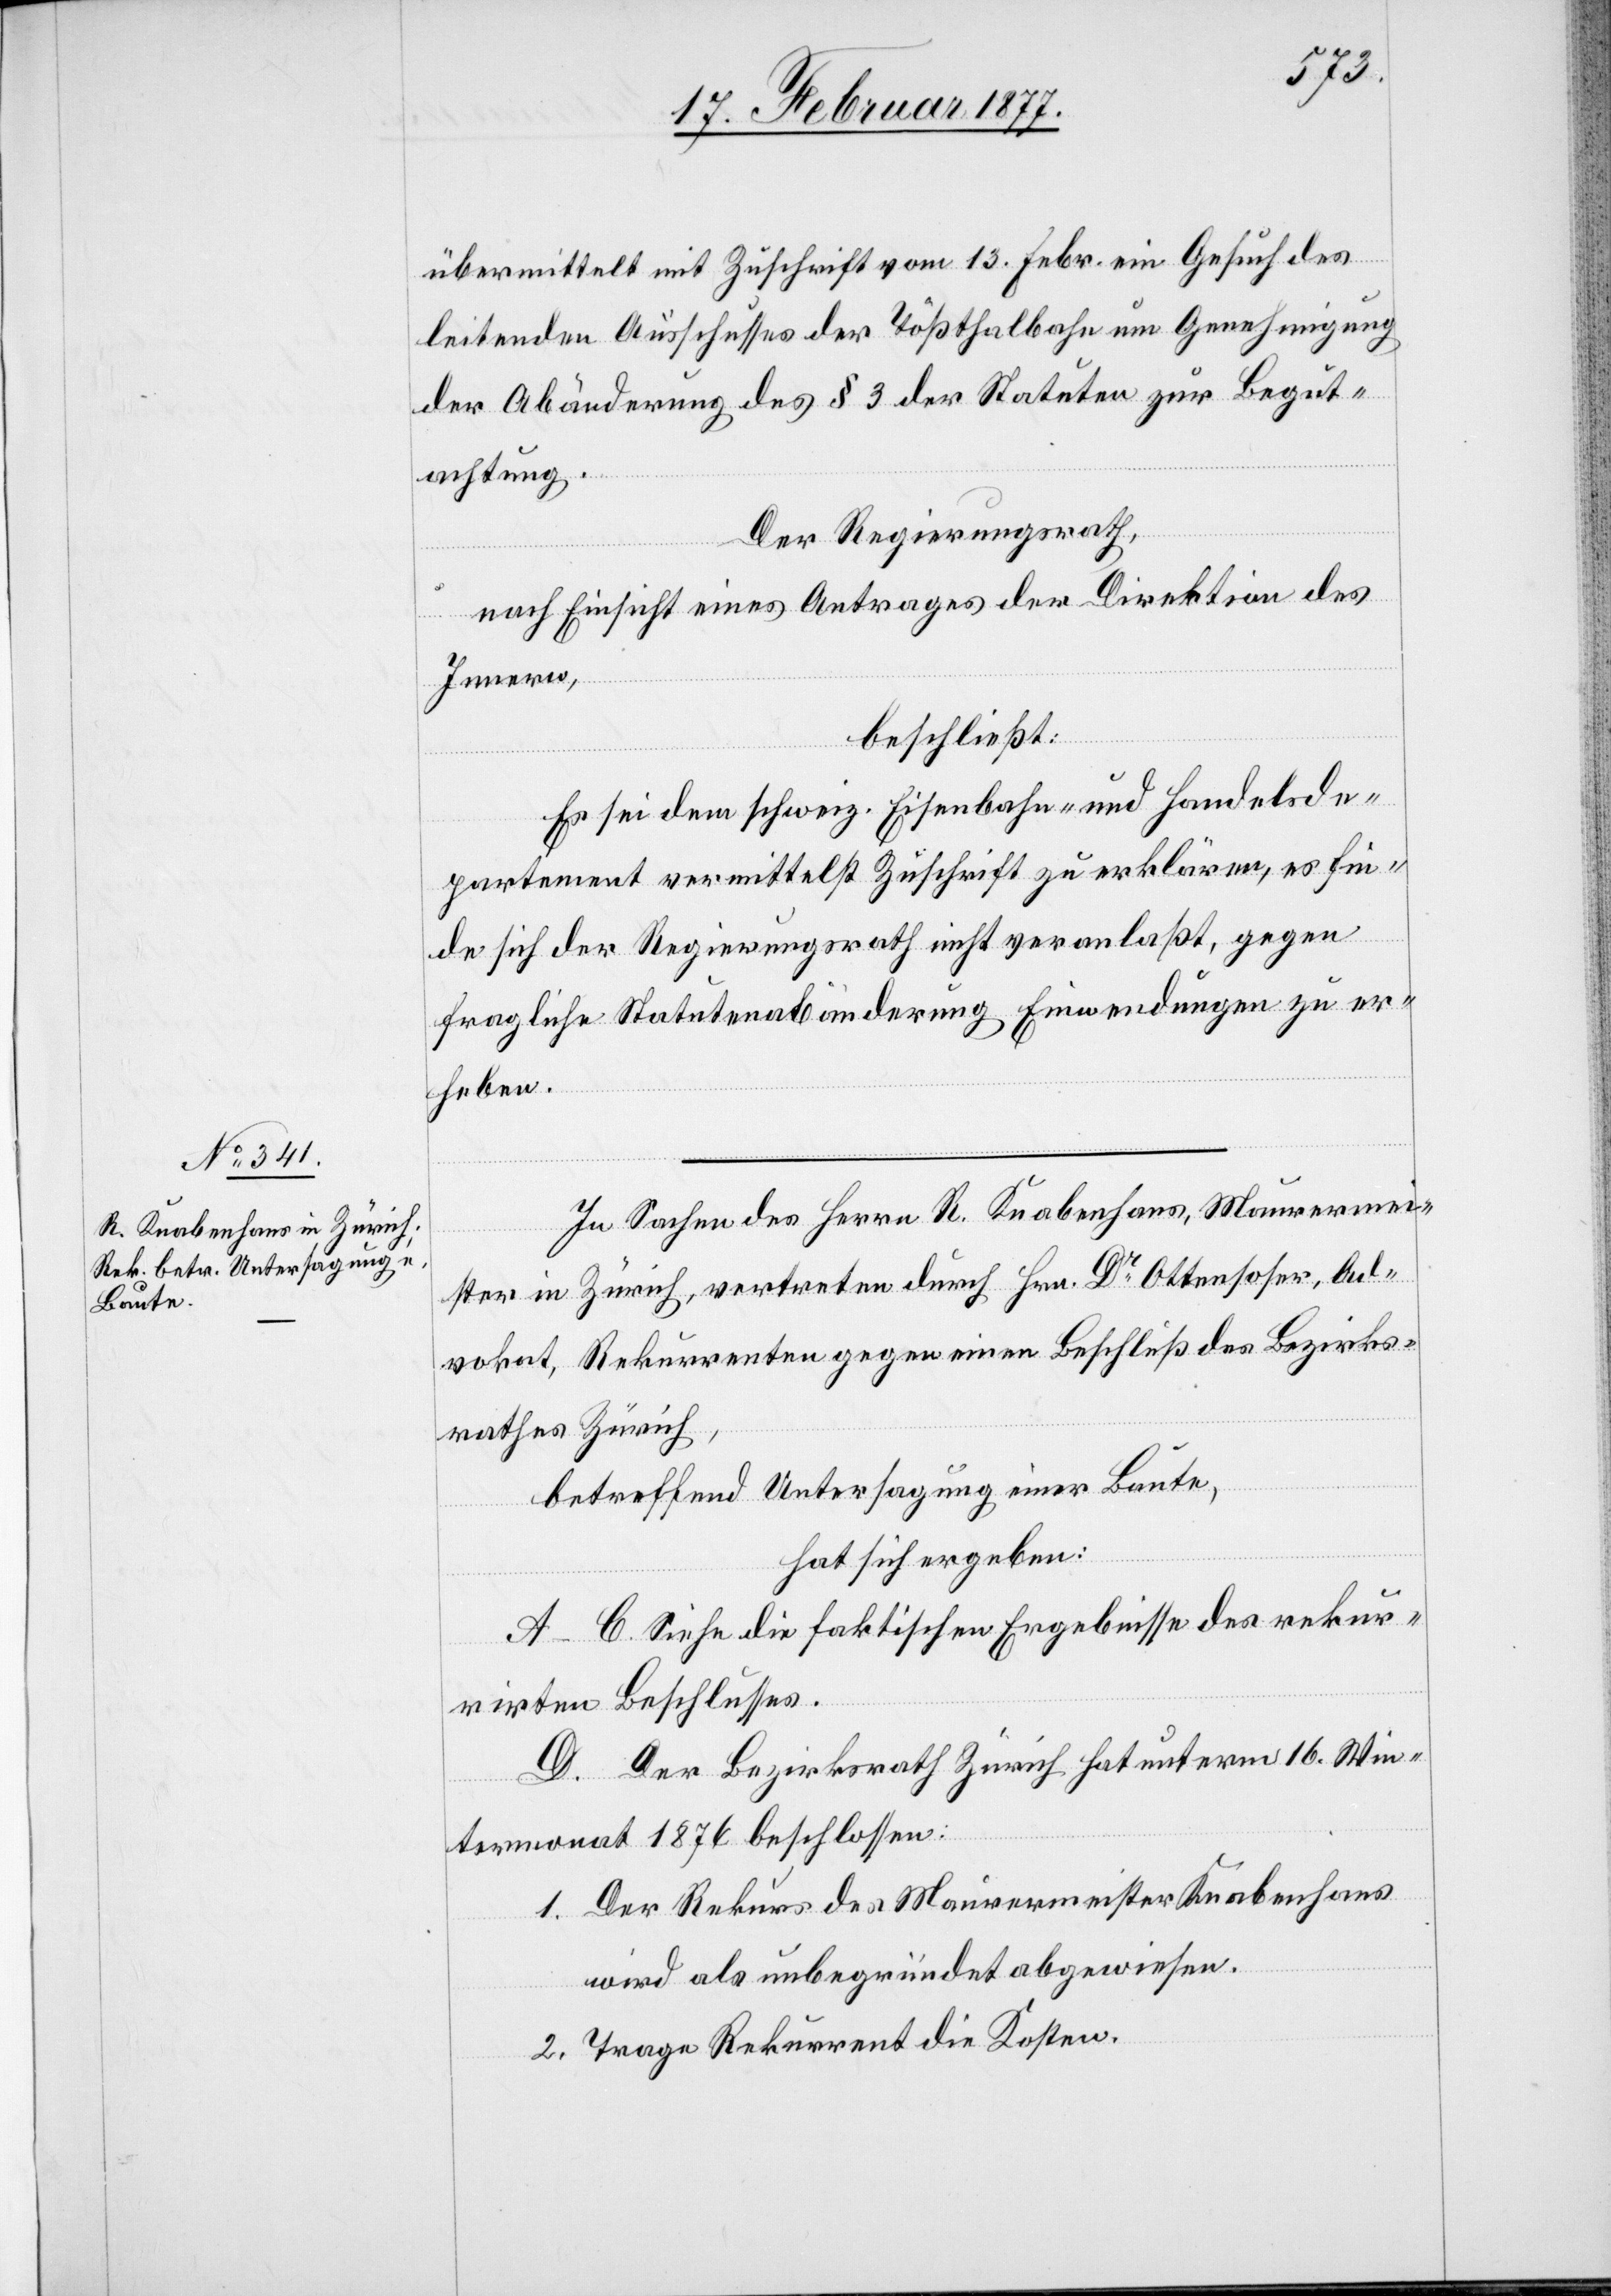
übermittelt mit Zuschrift von 13. Febr. ein Gesuch des
leitenden Ausschusses der Tößthalbahn um Genehmigung
der Abänderung des § 3 der Statuten zur Begut¬
achtung.
Der Regierungsrath,
nach Einsicht eines Antrages der Direktion des
Innern,
beschließt:
Es sei dem schweiz. Eisenbahn- und Handelsde¬
partement vermittelst Zuschrift zu erklären, es fin¬
de sich der Regierungsrath nicht veranlaßt, gegen
fragliche Statutenabänderung Einwendungen zu er¬
heben.
In Sachen des Herrn R. Knabenhans, Maurermei¬
ster in Zürich, vertreten durch Hrn. Dr Ottensoser, Ad¬
vokat, Rekurrenten gegen einen Beschluß des Bezirks¬
rathes Zürich,
betreffend Untersagung einer Baute,
hat sich ergeben:
A–C. Siehe die faktischen Ergebnisse des rekur¬
rirten Beschlusses.
D. Der Bezirksrath Zürich hat unterm 16. Win¬
termonat 1876 beschlossen:
1. Der Rekurs des Maurermeister Knabenhans
wird als unbegründet abgewiesen.
2. Trage Rekurrent die Kosten.